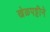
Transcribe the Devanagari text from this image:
खेळपट्टीने